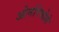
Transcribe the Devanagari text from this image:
ओनोरेवोले